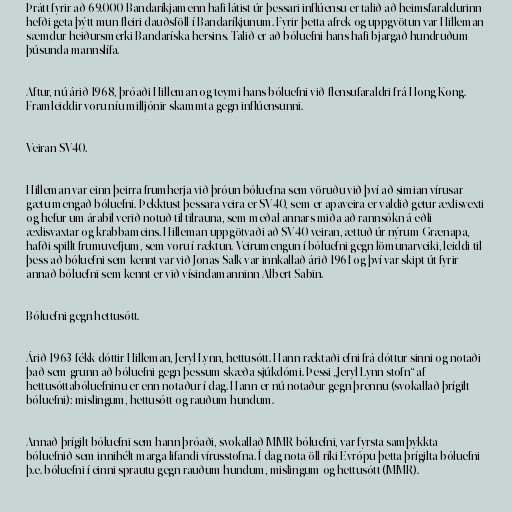
Þrátt fyrir að 69.000 Bandaríkjamenn hafi látist úr þessari inflúensu er talið að heimsfaraldurinn
hefði geta þýtt mun fleiri dauðsföll í Bandaríkjunum. Fyrir þetta afrek og uppgvötun var Hilleman
sæmdur heiðursmerki Bandaríska hersins. Talið er að bóluefni hans hafi bjargað hundruðum
þúsunda mannslífa.

Aftur, nú árið 1968, þróaði Hilleman og teymi hans bóluefni við flensufaraldri frá Hong Kong.
Framleiddir voru níu milljónir skammta gegn inflúensunni.

Veiran SV40.

Hilleman var einn þeirra frumherja við þróun bóluefna sem vöruðu við því að simian vírusar
gætu mengað bóluefni. Þekktust þessara veira er SV40, sem er apaveira er valdið getur æxlisvexti
og hefur um árabil verið notuð til tilrauna, sem meðal annars miða að rannsókn á eðli
æxlisvaxtar og krabbameins. Hilleman uppgötvaði að SV40 veiran, ættuð úr nýrum Grænapa,
hafði spillt frumuvefjum, sem voru í ræktun. Veirumengun í bóluefni gegn lömunarveiki, leiddi til
þess að bóluefni sem kennt var við Jonas Salk var innkallað árið 1961 og því var skipt út fyrir
annað bóluefni sem kennt er við vísindamanninn Albert Sabin.

Bóluefni gegn hettusótt.

Árið 1963 fékk dóttir Hilleman, Jeryl Lynn, hettusótt. Hann ræktaði efni frá dóttur sinni og notaði
það sem grunn að bóluefni gegn þessum skæða sjúkdómi. Þessi „Jeryl Lynn stofn“ af
hettusóttabóluefninu er enn notaður í dag. Hann er nú notaður gegn þrennu (svokallað þrígilt
bóluefni): mislingum, hettusótt og rauðum hundum.

Annað þrígilt bóluefni sem hann þróaði, svokallað MMR bóluefni, var fyrsta samþykkta
bóluefnið sem innihélt marga lifandi vírusstofna. Í dag nota öll ríki Evrópu þetta þrígilta bóluefni
þ.e. bóluefni í einni sprautu gegn rauðum hundum, mislingum og hettusótt (MMR).